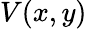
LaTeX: V(x,y)